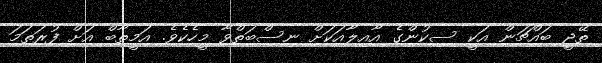
ތޭޖީ ބައްޗަން އަކީ ސިކުންގެ އާއިލާއަކަށް ނިސްބަތްވާ މީހެކެވެ. އަމީތާބް އަށް ފުރަތަމަ